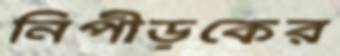
নিপীড়কের